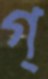
গ্